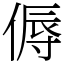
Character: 傉